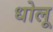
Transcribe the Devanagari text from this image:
धोलू